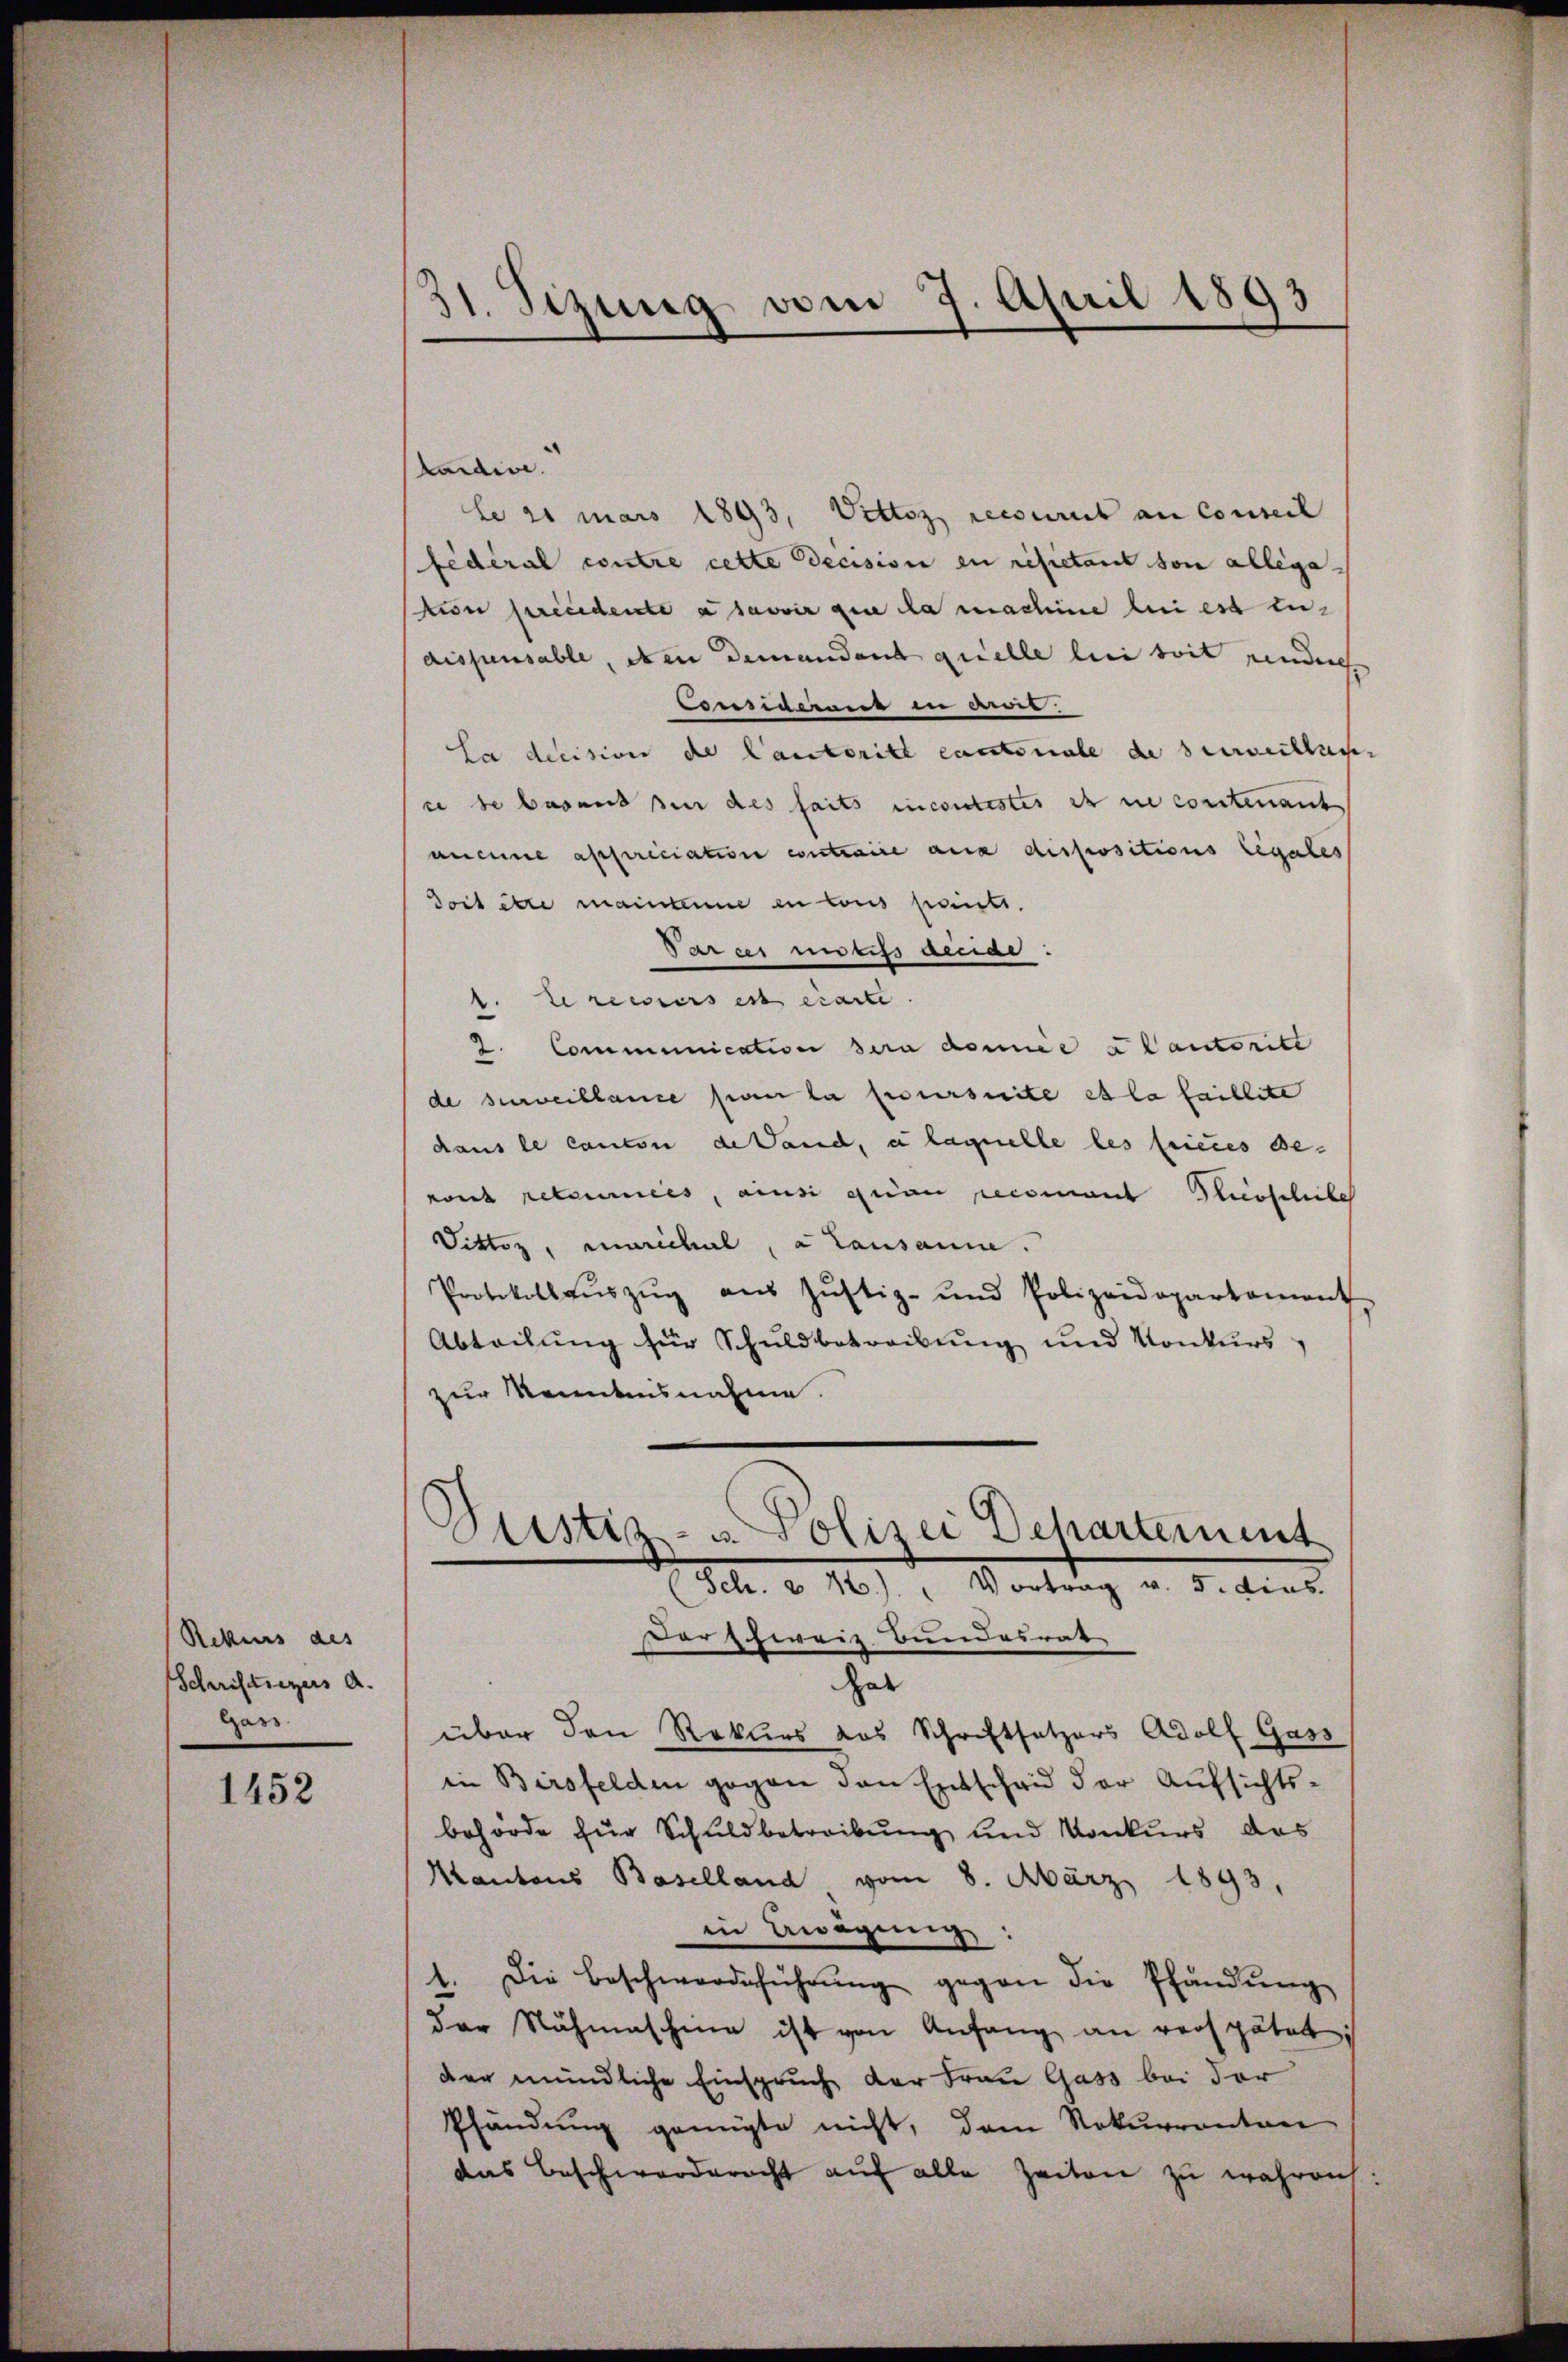
Rekurs des
Schriftrezers d.
Gars.

1452

.
31. Sizung vom 7. April 1893

tardire
Le 21 mars 1893, Vittoz recourirt an Conseil
fédéral contre cette Decision zu resietant son allega
Non sprecedente à savoir que da machine bei est tu-
dispensable, oben demandant quelle bei soit renden
Considerent in Aner
La decision de Cantoritt cantonale de beweilten,
ce de basend sie des faits incontestes ist nie contenant
aneine appriciation contraire aux dispositions legales
Toit être maintane in tous penitt.
Parcer motifs acciar.
te recurs est écarte
2. Communication sera domice Cautorite
de surveillance son la poursuite et la faillite
daus le canton de Land, a laquelle les feines Beront retources, ainsi quam recomant Hierschiebe
Dittiz, unrichel, a Lausanne.
Protokollaŭszŭg aŭs Jŭstiz- und Polizeidepartament
Abteilung für Schuldbetreibung und Konkurs
zur Kenntensnahme.
Diustiz- u Polizei Departement
(Sch. § 44.) " Vortrag v. 5. dies
verschweiz Bundesrat
hat
über den Rekurs das Schriftsetzers Adolf Gass
in Birsfelden gegen den Entscheid der Aufsichtsbehörde für Schuldbetreibung und Konkurs das
Mantons Baselland, vom 8. März 1893,
in Erwägung:
1. Die Beschwerdeführŭng gegen die Pfandŭng
der Nähmaschina ist von Anfang an verspätet:
der mündliche Einspruch der Frau Gass bei der
Pfändung genügte nicht, dem Rekurrontan
das Beschwerderacht auf alle Zeiten zu währen